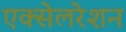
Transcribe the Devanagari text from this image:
एक्‍सेलरेशन